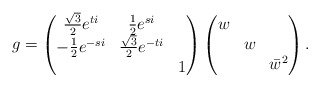
\begin{align*}g = \begin{pmatrix}\frac{\sqrt{3}}{2} e^{ti} & \frac{1}{2} e^{si} &\\-\frac{1}{2} e^{-si} & \frac{\sqrt{3}}{2} e^{-ti} &\\&& 1\end{pmatrix}\begin{pmatrix}w &&\\&w&\\&&\bar{w}^2\end{pmatrix}.\end{align*}